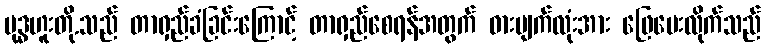
ဗုဒ္ဓဟူးတို.သည် တာရှည်ခံခြင်းကြောင့် တာရှည်စေရန်အတွက် ဓားမျက်လုံးအား ဖြေပေးလိုက်သည်